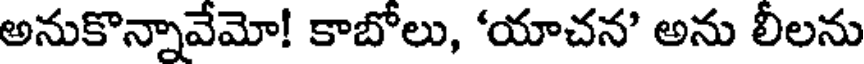
అనుకొన్నావేమో! కాబోలు, 'యాచన' అను లీలను